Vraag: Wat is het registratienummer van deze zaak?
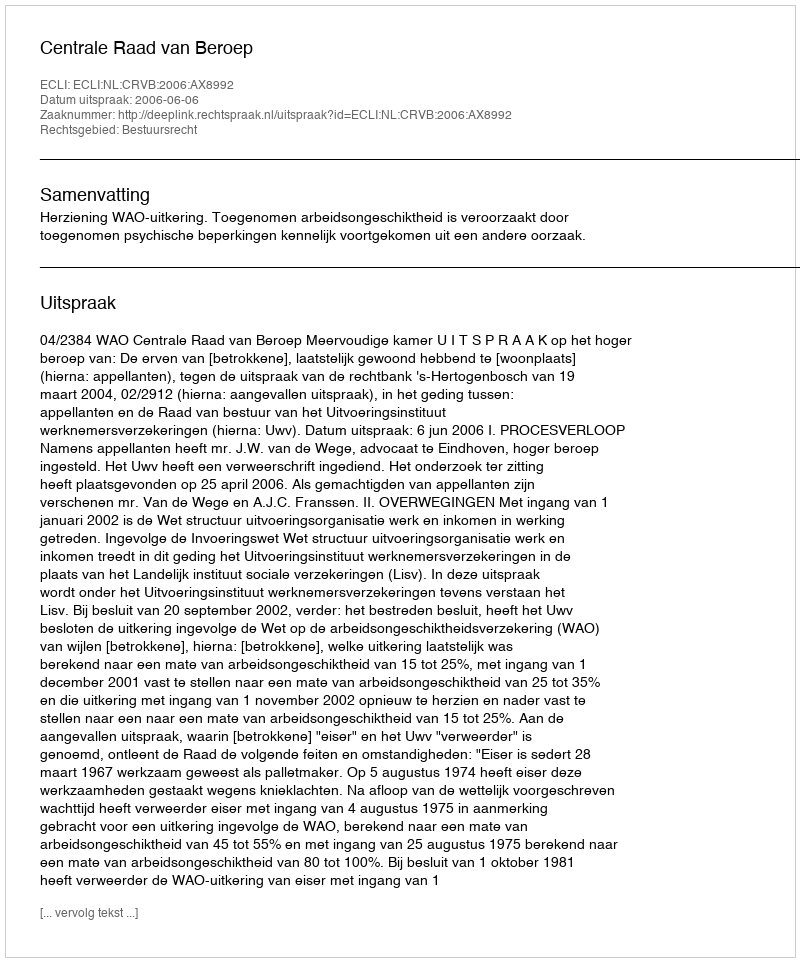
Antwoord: http://deeplink.rechtspraak.nl/uitspraak?id=ECLI:NL:CRVB:2006:AX8992